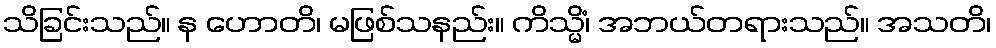
သိခြင်းသည်။ န ဟောတိ၊ မဖြစ်သနည်း။ ကိသ္မိံ၊ အဘယ်တရားသည်။ အသတိ၊